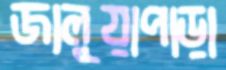
জালুয়াপাড়া